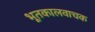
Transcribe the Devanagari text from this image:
भूतकालवाचक